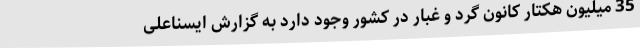
35 میلیون هکتار کانون گرد و غبار در کشور وجود دارد به گزارش ایسناعلی